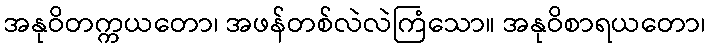
အနုဝိတက္ကယတော၊ အဖန်တစ်လဲလဲကြံသော။ အနုဝိစာရယတော၊